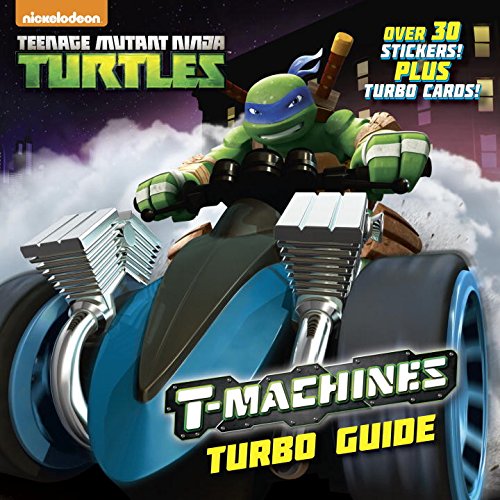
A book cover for T-Machines Turbo Guide (Teenage Mutant Ninja Turtles) (Pictureback(R)); Random House; Children's Books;